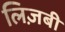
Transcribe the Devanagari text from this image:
लिज़बी